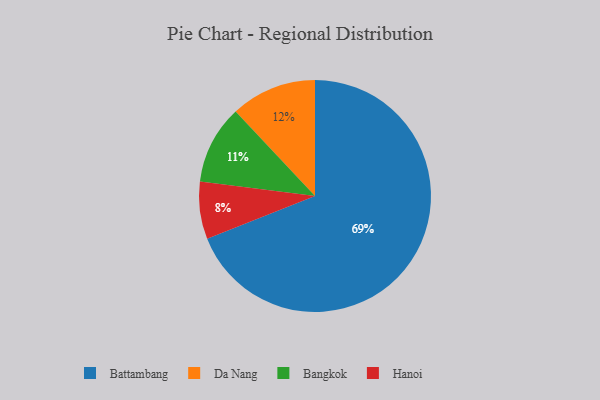
{"axis": {"x": "Category", "y": "Percentage"}, "legend": ["Bangkok", "Battambang", "Da Nang", "Hanoi"], "data": [{"x": "Da Nang", "y": 12, "type": "Da Nang"}, {"x": "Hanoi", "y": 8, "type": "Hanoi"}, {"x": "Bangkok", "y": 11, "type": "Bangkok"}, {"x": "Battambang", "y": 69, "type": "Battambang"}]}